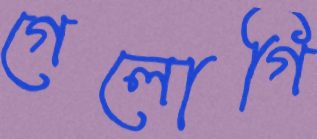
গেলোগি